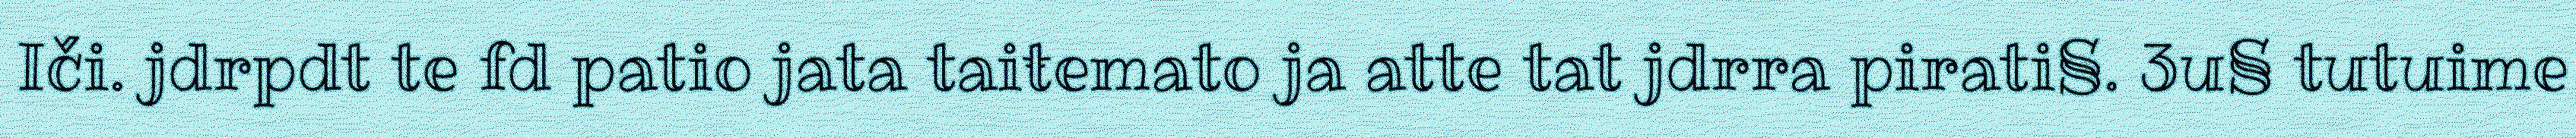
Iči. jdrpdt te fd patio jata taiŧemato ja atte tat jdrra pirati§. 3u§ tutuime